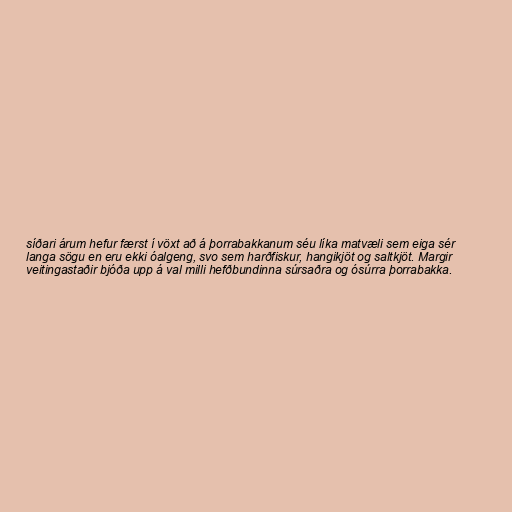
síðari árum hefur færst í vöxt að á þorrabakkanum séu líka matvæli sem eiga sér
langa sögu en eru ekki óalgeng, svo sem harðfiskur, hangikjöt og saltkjöt. Margir
veitingastaðir bjóða upp á val milli hefðbundinna súrsaðra og ósúrra þorrabakka.